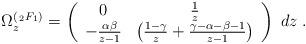
LaTeX: \begin{align*} \Omega^{(\,_2F_1)}_{z} = \left(\begin {array}{cc} 0& \frac {1}{z} \\ - \frac{\alpha \beta}{z-1} & \left( \frac{1-\gamma}{z} + \frac{\gamma-\alpha-\beta-1}{z-1} \right) \end {array} \right) \; dz\;. \end{align*}